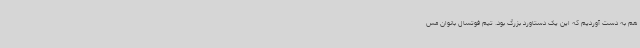
هم به دست آوردیم که این یک دستاورد بزرگ بود. تیم فوتسال بانوان مس